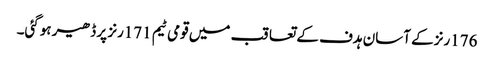
176رنز کے آسان ہدف کے تعاقب میں قومی ٹیم 171رنز پر ڈھیر ہوگئی۔